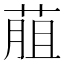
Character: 𦳎